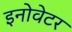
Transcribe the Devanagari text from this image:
इनोवेटर